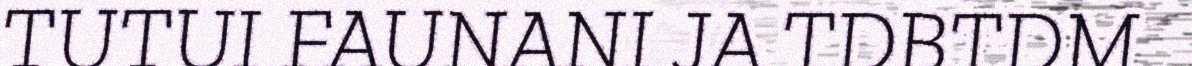
TUTUI FAUNANI JA TDBTDM